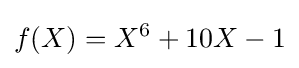
f(X)=X^{6}+10X-1